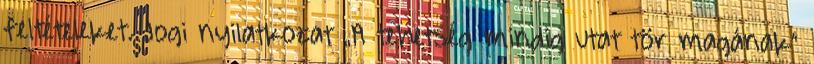
feltételeket. Jogi nyilatkozat „A tehetség mindig utat tör magának”